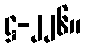
ဋ္ဌ-၂၂၆။